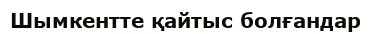
Шымкентте қайтыс болғандар